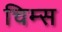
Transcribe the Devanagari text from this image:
चिम्स